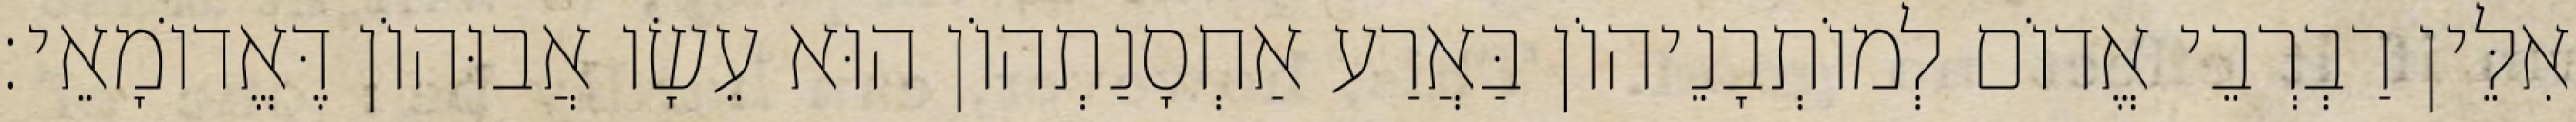
אִלֵּין רַבְרְבֵי אֱדוֹם לְמוֹתְבָנֵיהוֹן בַּאֲרַע אַחְסָנַתְהוֹן הוּא עֵשָׂו אֲבוּהוֹן דֶּאֱדוֹמָאֵי׃